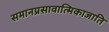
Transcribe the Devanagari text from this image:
समानप्रसावात्मिकाजाति